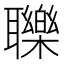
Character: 𦘈